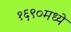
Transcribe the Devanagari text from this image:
१६९०मध्ये